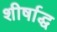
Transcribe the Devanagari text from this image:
शीर्षाद्ध